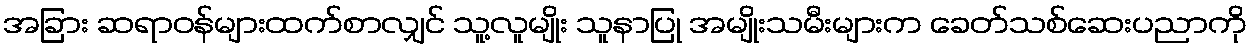
အခြား ဆရာဝန်များထက်စာလျှင် သူ့လူမျိုး သူနာပြု အမျိုးသမီးများက ခေတ်သစ်ဆေးပညာကို